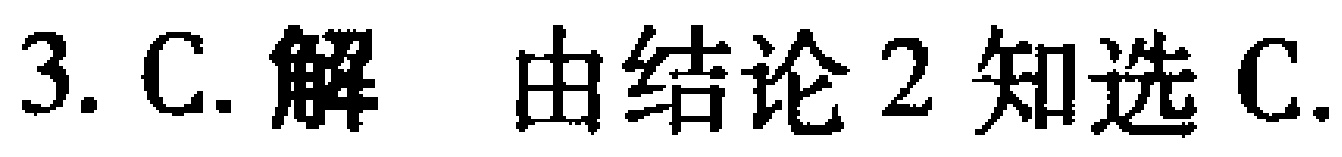
3. C. 解 由结论2知选C.